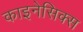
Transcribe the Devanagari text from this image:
काइनेसिक्स